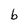
Character: b